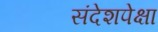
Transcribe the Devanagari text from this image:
संदेशपेक्षा